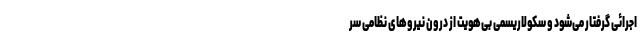
اجرائی گرفتار می‌شود و سکولاریسمی بی‌هویت از درون نیروهای نظامی سر